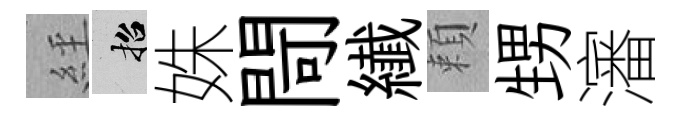
𦀇招姝閜纎頼甥瀋